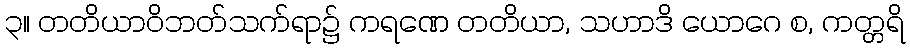
၃။ တတိယာဝိဘတ်သက်ရာ၌ ကရဏေ တတိယာ, သဟာဒိ ယောဂေ စ, ကတ္တရိ